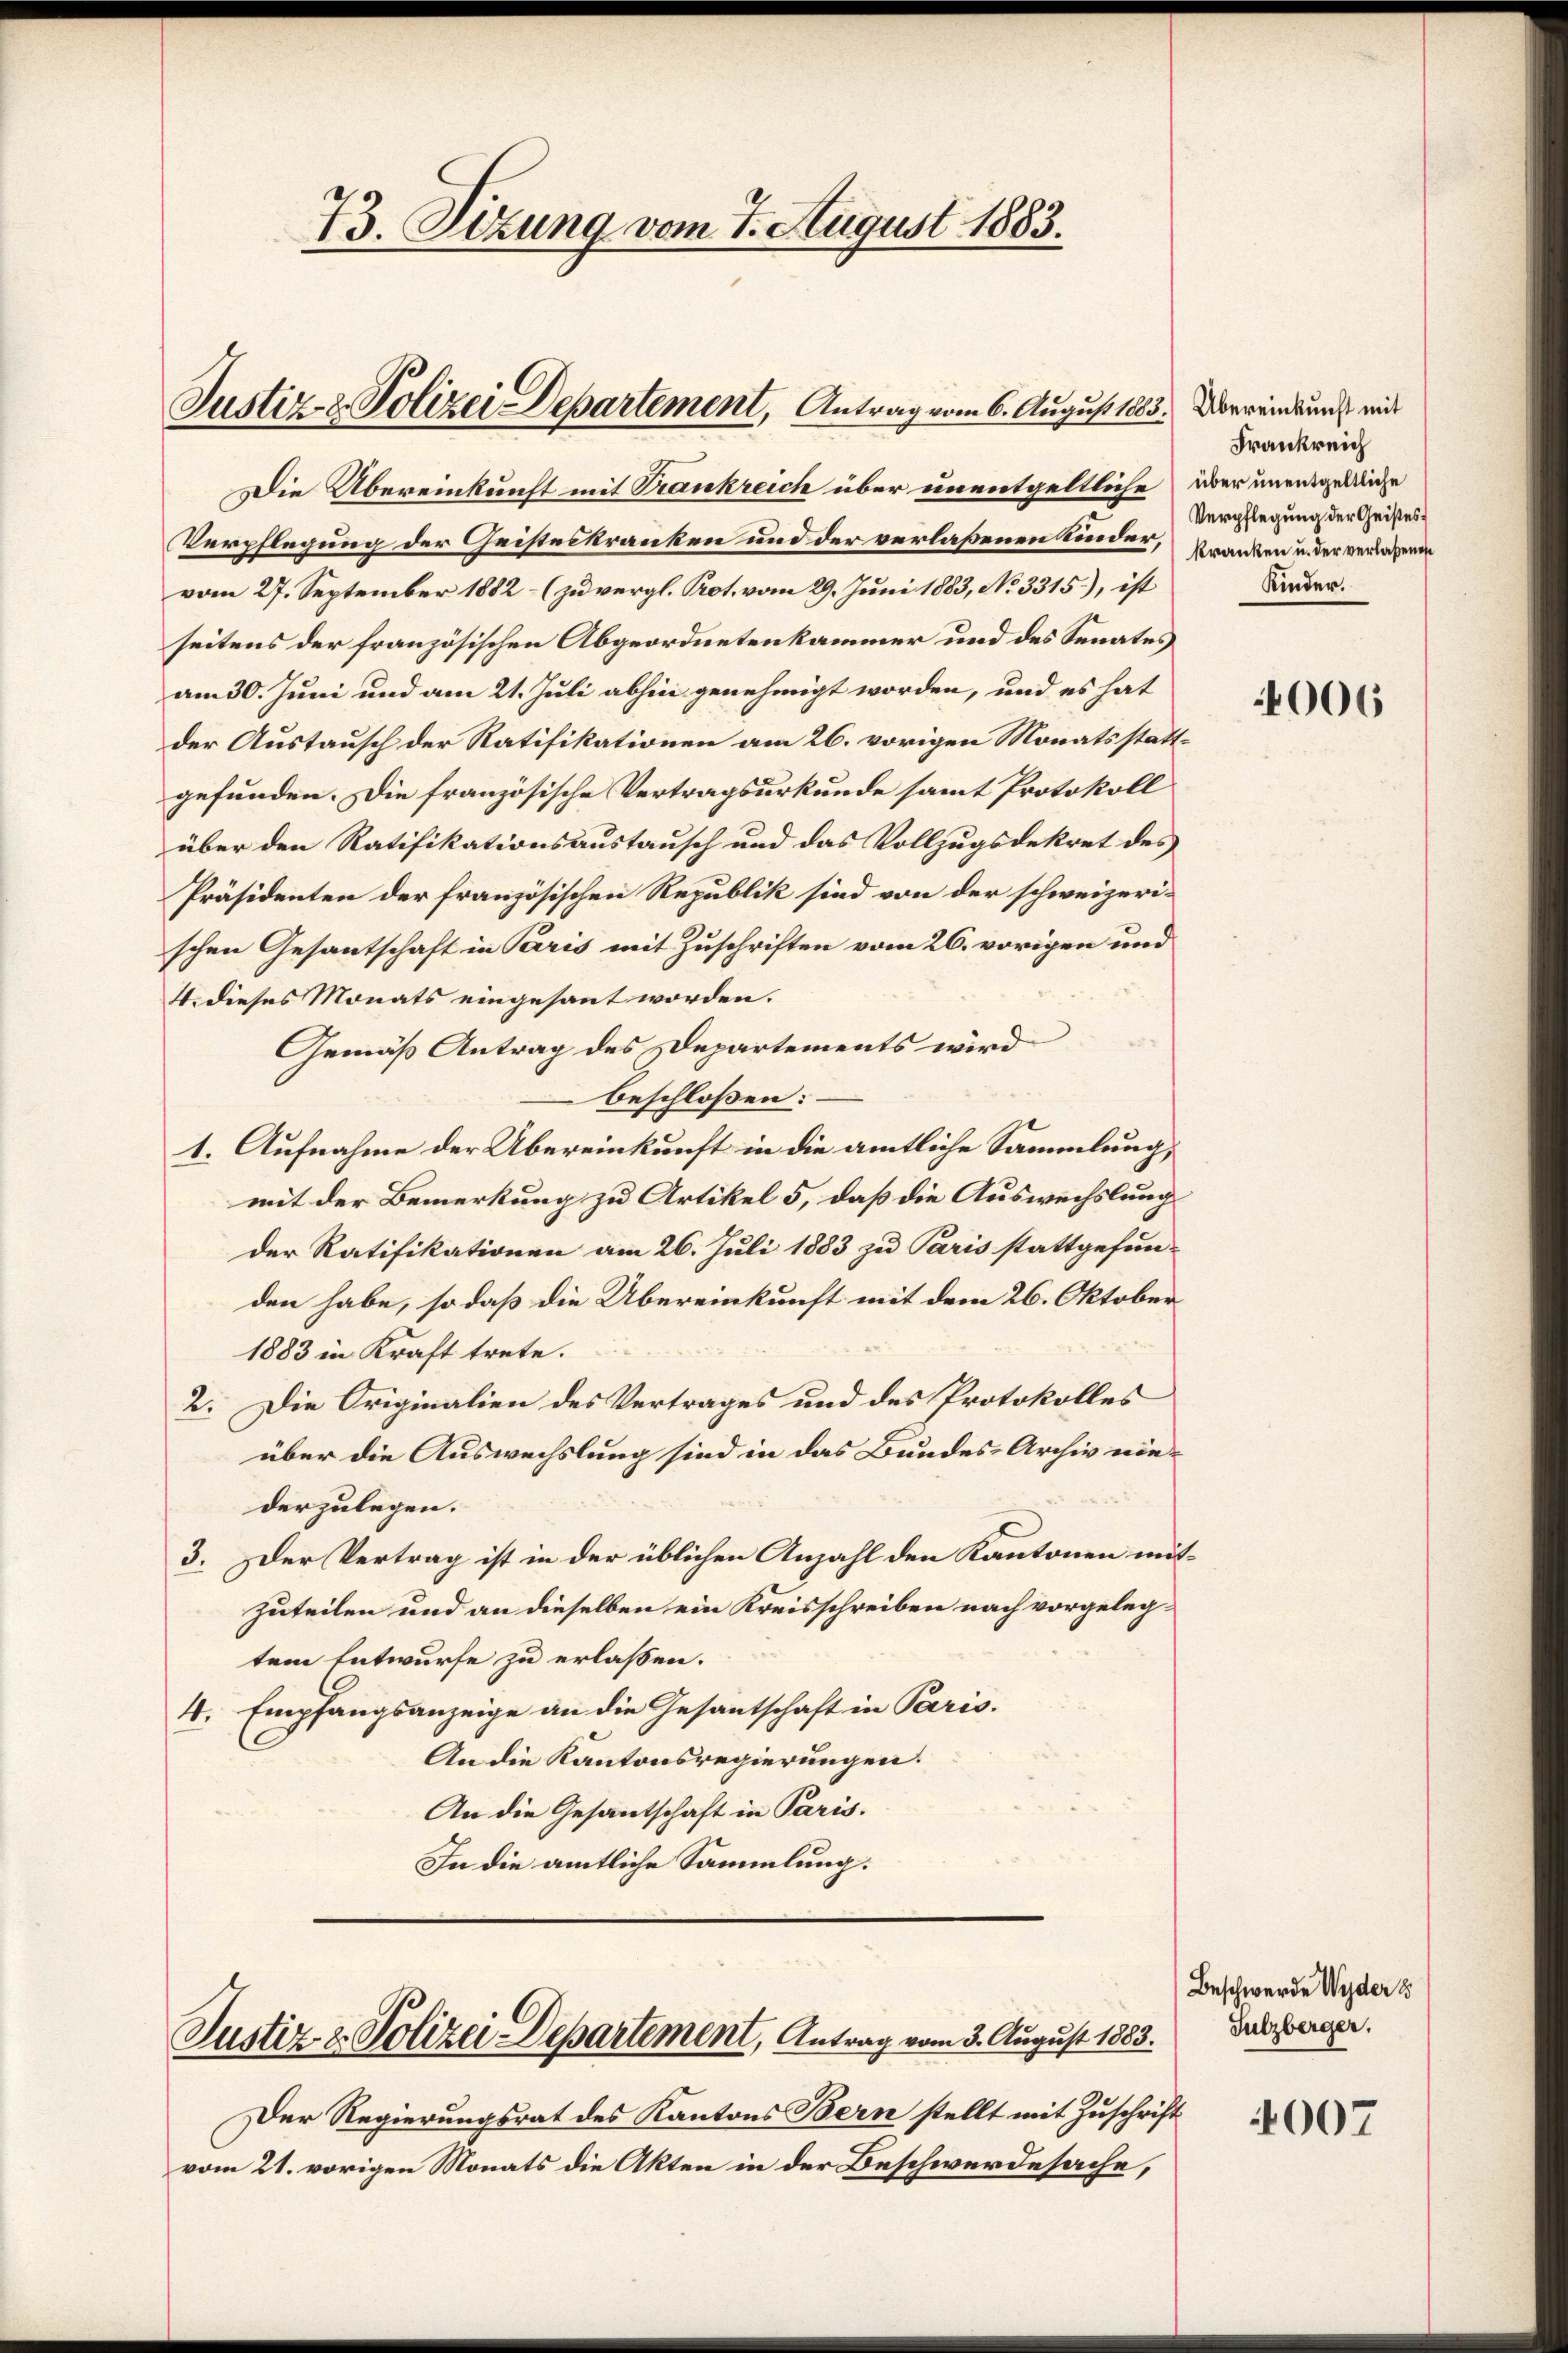
73. Sizung vom 7. August 1883.

Justiz- & Polizei Departement, Antrag vom 6. August 1885. Vermeindung mit

Justiz- & Polizei Departement, Antrag vom 3. August 1883.

Die Übereinkunft mit Trankreich über unentgeltliche über unentgelinge
Verpflegung der Geisteskranken und der verlaßenen Kinder,
vom 27. September 1882 – (zu vergl. Prot. vom 29. Juni 1883, No 3315.), ist
seitens der französischen Abgeordnetenkammer und des Senates
am 30. Juni und am 21. Juli abhin genehmigt worden, und es hat
der Austausch der Ratifikationen am 26. vorigen Monatsstattgefunden. Die französische Vertragsurkunde samt Protokoll
über den Ratifikationsaustausch und das Vollzugsdekret des
Präsidenten der französischen Republik sind von der schweizeri-
schen Gesantschaft in Paris mit Zuschriften vom 26. vorigen und
4. dieses Monats eingesant worden.
Gemäß Antrag des Departements wird
beschloßen:
1. Aufnahme der Übereinkunft in die amtliche Sammlung,
mit der Bemerkung zu Artikel 5, daß die Auswechslung
der Ratifikationen am 26. Juli 1883 zu Paris stattgefunden habe, so daß die Übereinkunft mit dem 26. Oktober
1883 in Kraft trete.
2. Die Originalien des Vertrages und des Protokolles
über die Auswechslung sind in das Bundes-Archiv nie-
derzulegen.
3. Der Vertrag ist in der üblichen Anzahl den Kantonen m
zuteilen und an dieselben ein Kreisschreiben nach vorgelegtem Entwurfe zu erlassen.
4. Empfangsanzeige an die Gesantschaft in Paris.
An die Kantonsregierungen.
An die Gesantschaft in Paris.
In die amtliche Sammlung.

Der Regierungsrat des Kantons Bern stellt mit Zuschrift
vom 21. vorigen Monats die Akten in der Beschwerdesache,

Frankreich
Verpflegung der Geisteskranken u. der verlaßenes
Kinder.

4006

Beschwerde Wyder
Sulzberger.

4007